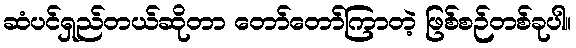
ဆံပင်ရှည်တယ်ဆိုတာ တော်တော်ကြာတဲ့ ဖြစ်စဉ်တစ်ခုပါ။